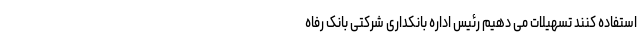
استفاده کنند تسهیلات می دهیم رئیس اداره بانکداری شرکتی بانک رفاه